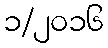
၁/၂၀၁၆